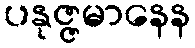
ပနုဇ္ဇမာနေန